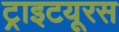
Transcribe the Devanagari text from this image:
ट्राइटयूरस